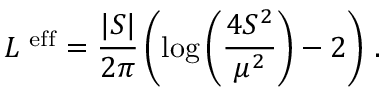
{ \cal L } ^ { \mathrm { \scriptsize ~ e f f } } = \frac { | S | } { 2 \pi } \left( \log { \left( \frac { 4 S ^ { 2 } } { \mu ^ { 2 } } \right) } - 2 \right) \, .